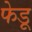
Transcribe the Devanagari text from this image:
फेडू